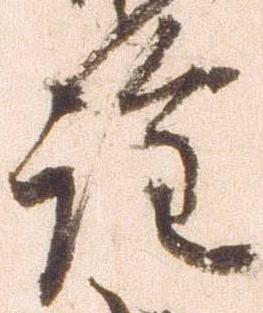
詮